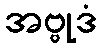
အဗ္ဗုဒံ